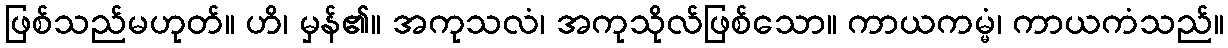
ဖြစ်သည်မဟုတ်။ ဟိ၊ မှန်၏။ အကုသလံ၊ အကုသိုလ်ဖြစ်သော။ ကာယကမ္မံ၊ ကာယကံသည်။